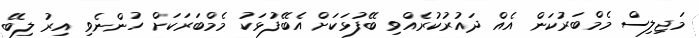
މަޖިލިސް މެމްބަރުކަން އެއް ދައުރުކުރެއްވި ބޭފުޅަކަށް އެބޭފުޅަކު މެމްބަރަކަށް ހުންނެވި އިރު ލިބޭ